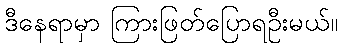
ဒီနေရာမှာ ကြားဖြတ်ပြောရဦးမယ်။